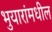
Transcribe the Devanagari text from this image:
भुयारांमधील